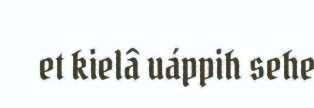
et kielâ uáppih sehe